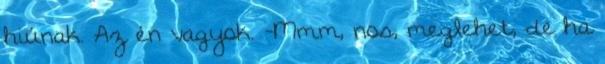
hiúnak. Az én vagyok. -Mmm, nos, meglehet, de ha